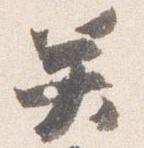
癸